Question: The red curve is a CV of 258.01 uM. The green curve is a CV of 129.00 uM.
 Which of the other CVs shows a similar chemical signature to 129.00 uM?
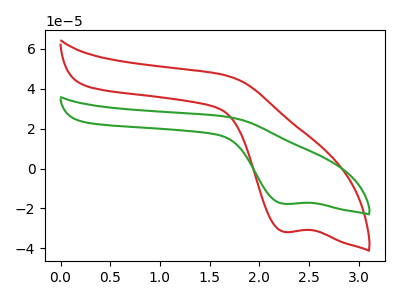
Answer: <think>The red curve "258.01 uM" has a cathodic peak at: (2.25V, -31.80uA). The green curve "129.00 uM" has a cathodic peak at: (2.25V, -17.70uA).
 All the peaks in "258.01 uM" have a peak in "129.00 uM" at the same potential. Every peak in "258.01 uM" is higher than every peak in "129.00 uM".</think>
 <answer>The CV with the most similar shape to "258.01 uM" is "129.00 uM".</answer>
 <eval>"129.00 uM"</eval>